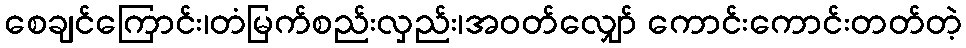
စေချင်ကြောင်း၊တံမြက်စည်းလှည်း၊အဝတ်လျှော် ကောင်းကောင်းတတ်တဲ့